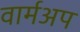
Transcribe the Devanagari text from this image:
वार्मअप